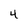
Character: 4